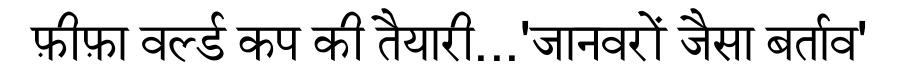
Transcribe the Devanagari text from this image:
फ़ीफ़ा वर्ल्ड कप की तैयारी...'जानवरों जैसा बर्ताव'